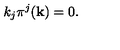
k _ { j } \pi ^ { j } ( { \bf k } ) = 0 .